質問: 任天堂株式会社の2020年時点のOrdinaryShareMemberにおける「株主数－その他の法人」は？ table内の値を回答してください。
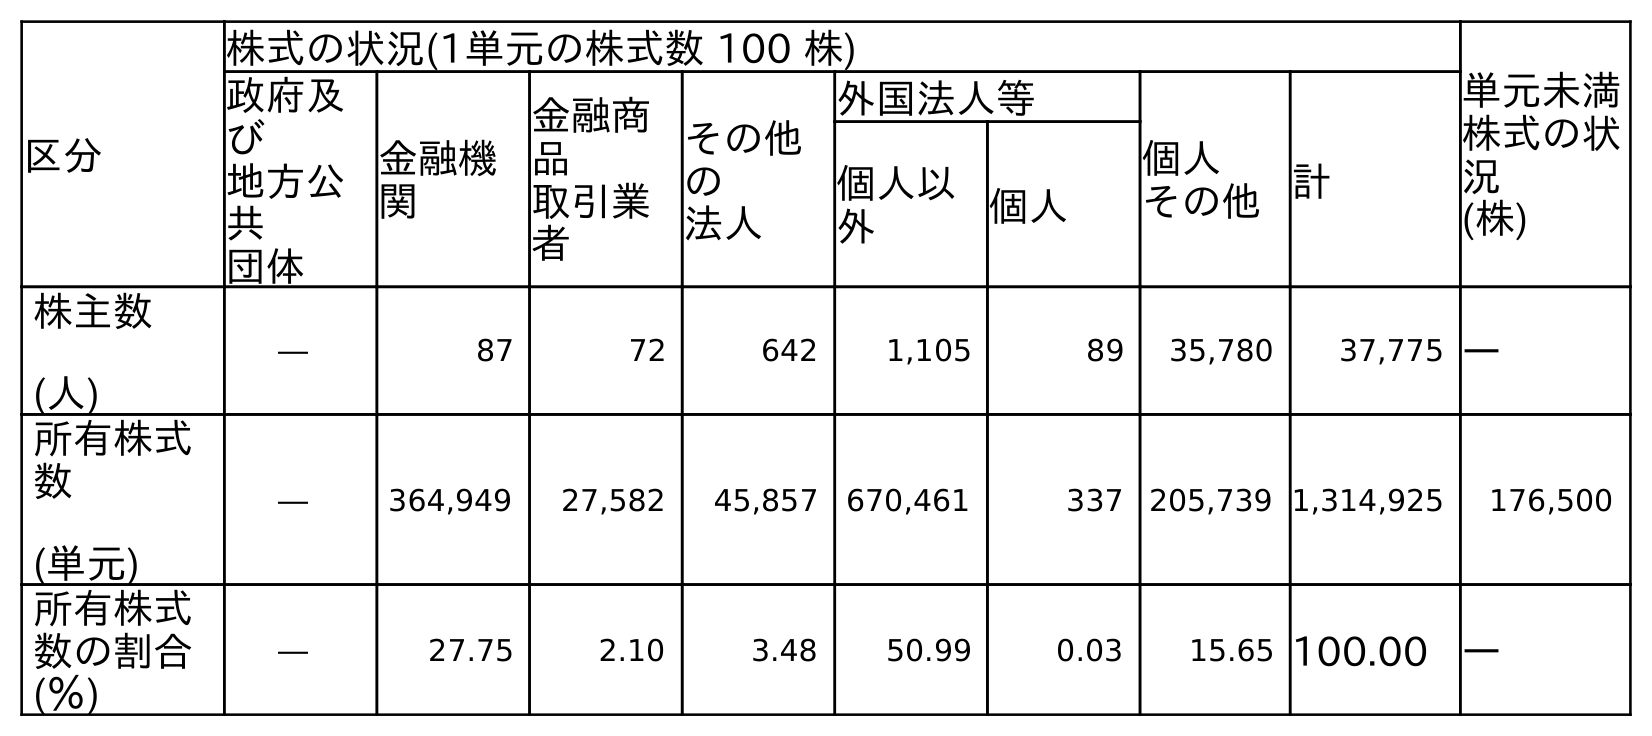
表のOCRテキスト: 区分 株式の状況(1単元の株式数 100 株) 単元未満 株式の状 況 (株) 政府及 び 地方公 共 団体 金融機 関 金融商 品 取引業 者 その他 の 法人 外国法人等 個人 その他計 個人以 外 個人 株主数 (人) ― 87 72 642 1,105 89 35,780 37,775 ― 所有株式 数 (単元) ― 364,949 27,582 45,857 670,461 337 205,739 1,314,925 176,500 所有株式 数の割合 (％) ― 27.75 2.10 3.48 50.99 0.03 15.65 100.00 ―
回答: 642